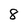
Character: 8